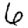
Digit: 6